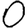
Digit: 0